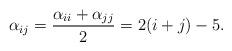
LaTeX: \begin{align*} \alpha_{ij}=\frac{\alpha_{ii}+\alpha_{jj}}{2}=2(i+j)-5. \end{align*}